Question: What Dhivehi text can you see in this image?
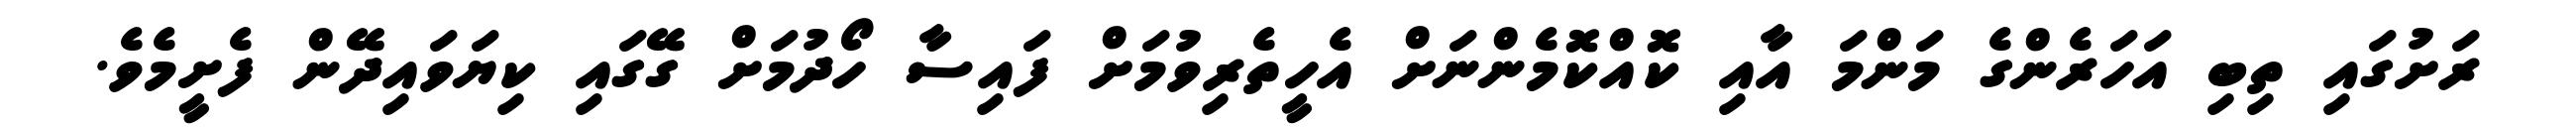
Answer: ރަށުގައި ތިބި އަހަރެންގެ މަންމަ އާއި ކޮއްކޮމެންނަށް އެހީތެރިވުމަށް ފައިސާ ހޯދުމަށް ގޭގައި ކިޔަވައިދޭން ފެށީމެވެ.